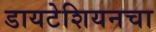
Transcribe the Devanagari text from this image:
डायटेशियनचा